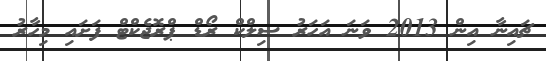
ޗައިނާ އިން 2013 ވަނަ އަހަރު ސިލްކް ރޯޑް ޕްރޮޖެކްޓް ފަށައި މިހާރު